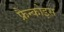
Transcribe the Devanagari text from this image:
फ्रैन्कोइस